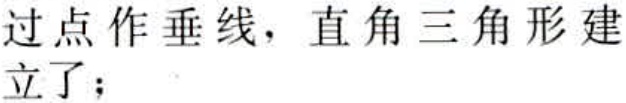
过点作垂线，直角三角形建立了；